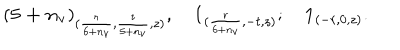
LaTeX: ( \mathbf { 5 + n _ { v } } ) _ { ( \frac { r } { 6 + n _ { v } } , \frac { t } { 5 + n _ { v } } , z ) } , \quad \mathbf { 1 } _ { ( \frac { r } { 6 + n _ { v } } , - t , z ) } ; \quad \mathbf { 1 } _ { ( - r , 0 , z ) } .